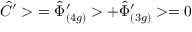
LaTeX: \hat { C } ^ { \prime } > \ = { \hat { \Phi } ^ { \prime } } _ { ( 4 g ) } > + { \hat { \Phi } ^ { \prime } } _ { ( 3 g ) } > = 0